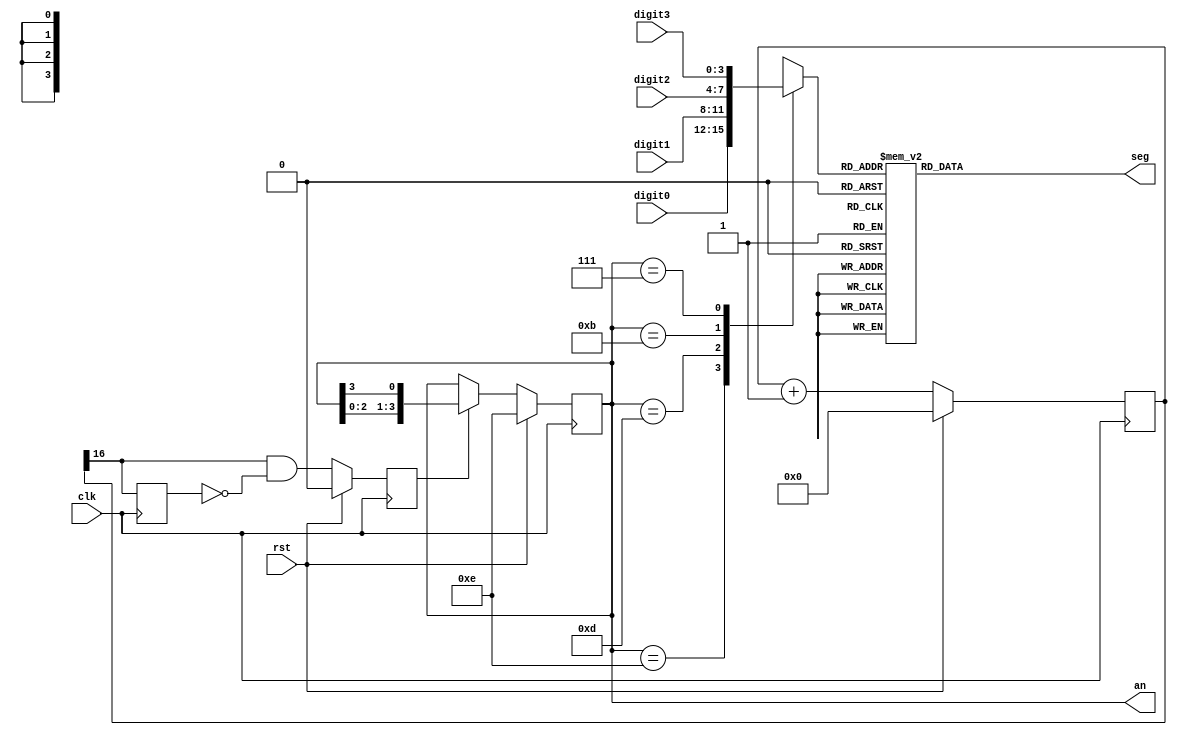
/********************************************************************/
/*                                                                  */
/* A BCD formatumban kapott 4 szamjegyet megjeleniti a kozos anodos */
/* hetszegmenses kijelzokon.                                        */
/*                                                                  */
/********************************************************************/

`timescale 1ns / 1ps

module bcd_to_7seg(
	input clk,                                 //rendszerorajel (100 MHz)
	input rst,                                 //reset
	input[3:0] digit0, digit1, digit2, digit3, //BCD bemenetek
	output reg[3:0] an,                        //anodjelek
	output reg[7:0] seg                        //szegmensjelek
);
	/* nehany kHz-es engedelyezojel */
	reg[16:0] clk_div;
	always@(posedge clk) clk_div<=rst?(17'd0):(clk_div+1'b1);
	reg clk_div_16_del;
	always@(posedge clk) clk_div_16_del<=clk_div[16];
	reg en;
	always@(posedge clk) en<=rst?(1'b0):(clk_div[16]&(~clk_div_16_del));

	/* anodjel */
	always@(posedge clk)
		if(rst)
			an<=4'b1110;
		else if(en)
			an<={an[2:0],an[3]};

	/* multiplexer a digit kivalasztasahoz */
	reg[3:0] dmux;
	always@(*)
		case(an)
			4'b1110: dmux<=digit0;
			4'b1101: dmux<=digit1;
			4'b1011: dmux<=digit2;
			4'b0111: dmux<=digit3;
			default: dmux<=4'bxxxx;
		endcase

	/* szegmensdekoder */
	always@(*)
		case(dmux)
			4'd0:    seg<=8'b11000000;
			4'd1:    seg<=8'b11111001;
			4'd2:    seg<=8'b10100100;
			4'd3:    seg<=8'b10110000;
			4'd4:    seg<=8'b10011001;
			4'd5:    seg<=8'b10010010;
			4'd6:    seg<=8'b10000010;
			4'd7:    seg<=8'b11111000;
			4'd8:    seg<=8'b10000000;
			4'd9:    seg<=8'b10010000;
			default: seg<=8'bxxxxxxxx;
		endcase

endmodule